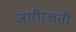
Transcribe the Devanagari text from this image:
जारीरखती